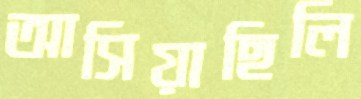
আসিয়াছিলি